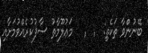
ބޭނުންވާ ތަކެތި: